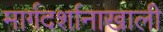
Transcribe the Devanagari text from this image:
मार्गदर्शानाखाली